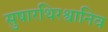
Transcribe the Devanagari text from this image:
सुषारथिरश्वानिव